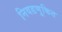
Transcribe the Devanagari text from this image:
निवडणूकित